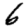
Digit: 6